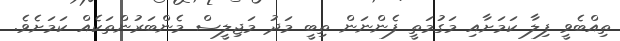
ތިއްބެވީ ފިލާ ކަމަށާއި މަގުމަތީ ފެންނަން ތިބީ މަދު މަޖިލީސް މެންބަރުންތަކެއް ކަމަށެވެ.